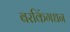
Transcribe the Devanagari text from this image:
बरकिंगधन